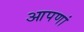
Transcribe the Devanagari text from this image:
आपणां